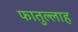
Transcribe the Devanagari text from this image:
फातुल्लाह